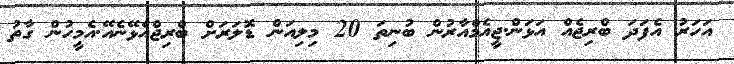
އަހަރު އެފަދަ ބްރިޖެއް އަޅަން.ޖީއެމްއާރުން ބުނިތަ 20 މިލިއަން ޑޮލަރަށް ބްރިޖްއެޅޭނެެއޭ.އެމީހުން ގާތު